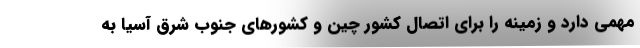
مهمی دارد و زمینه را برای اتصال کشور چین و کشورهای جنوب شرق آسیا به